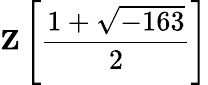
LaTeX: \mathbf{Z}\left[{\frac{1+{\sqrt{-163}}}{2}}\right]